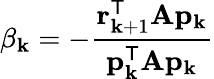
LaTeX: \beta_{\mathbf{k}}=-{\frac{{\mathbf{{r}}_{\mathbf{k}+1}^{\mathsf{{T}}}\mathbf{{A}}\mathbf{{p}}_{\mathbf{k}}}}{{\mathbf{{p}}_{\mathbf{k}}^{\mathsf{{T}}}\mathbf{{A}}\mathbf{{p}}_{\mathbf{k}}}}}